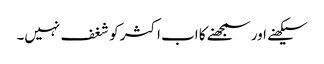
سیکھنے اور سمجھنے کا اب اکثر کو شغف نہیں۔